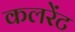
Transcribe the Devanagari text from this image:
कलरेंट